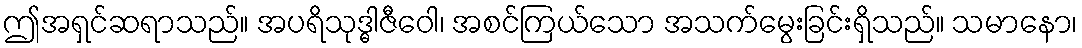
ဤအရှင်ဆရာသည်။ အပရိသုဒ္ဓါဇီဝေါ၊ အစင်ကြယ်သော အသက်မွေးခြင်းရှိသည်။ သမာနော၊